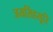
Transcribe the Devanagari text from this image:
जयसिंहसूरि